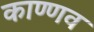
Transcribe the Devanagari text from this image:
काण्णव